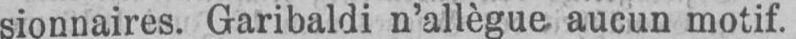
sionnaires. Garibaldi n’allègue aucun motif.